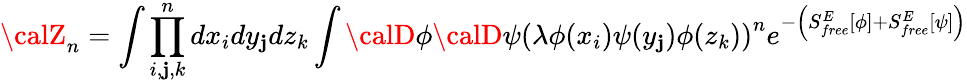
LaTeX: {\calZ}_{n}=\int\prod_{i,\mathbf{j},k}^{n}dx_{i}dy_{\mathbf{j}}dz_{k}\int{\calD}\phi{\calD}\psi\left(\lambda\phi(x_{i})\psi(y_{\mathbf{j}})\phi(z_{k})\right)^{n}e^{-\left(S_{free}^{E}\left[\phi\right]+S_{free}^{E}\left[\psi\right]\right)}